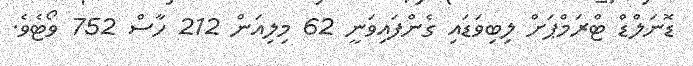
ޑޮނަލްޑް ޓްރަމްޕަށް ލިބިވަޑައި ގެންފައިވަނީ 62 މިލިއަން 212 ހާސް 752 ވޯޓެވެ.